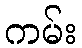
ကမ်း